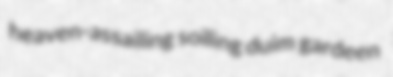
heaven-assailing soiling duim gardeen